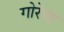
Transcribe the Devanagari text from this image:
गोरेचा